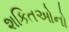
શકિતઓનો